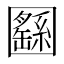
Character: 㘥